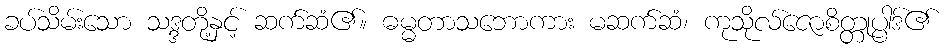
ခပ်သိမ်းသော သဒ္ဒတို့နှင့် ဆက်ဆံ၏။ ဓမ္မတာသဘောကား မဆက်ဆံ၊ ကုသိုလ်ဇောစိတ္တုပ္ပါဒ်၏